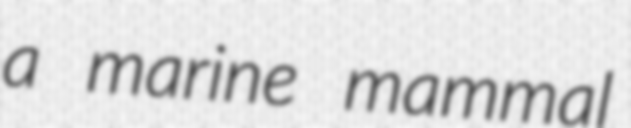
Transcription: a marine mammal